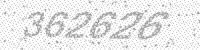
Solution: 362626